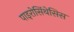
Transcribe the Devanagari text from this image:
पाइरोसिंथेसिस